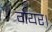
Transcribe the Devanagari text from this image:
गेयर।